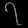
Digit: ၇